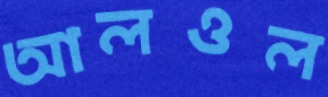
আলওল